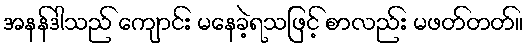
အနန်ဒါသည် ကျောင်း မနေခဲ့ရသဖြင့် စာလည်း မဖတ်တတ်။